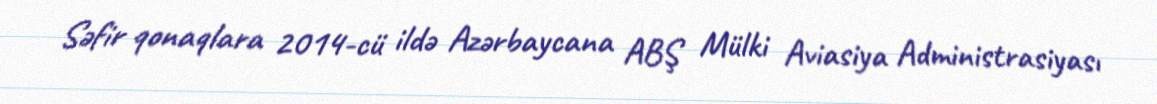
Səfir qonaqlara 2014-cü ildə Azərbaycana ABŞ Mülki Aviasiya Administrasiyası